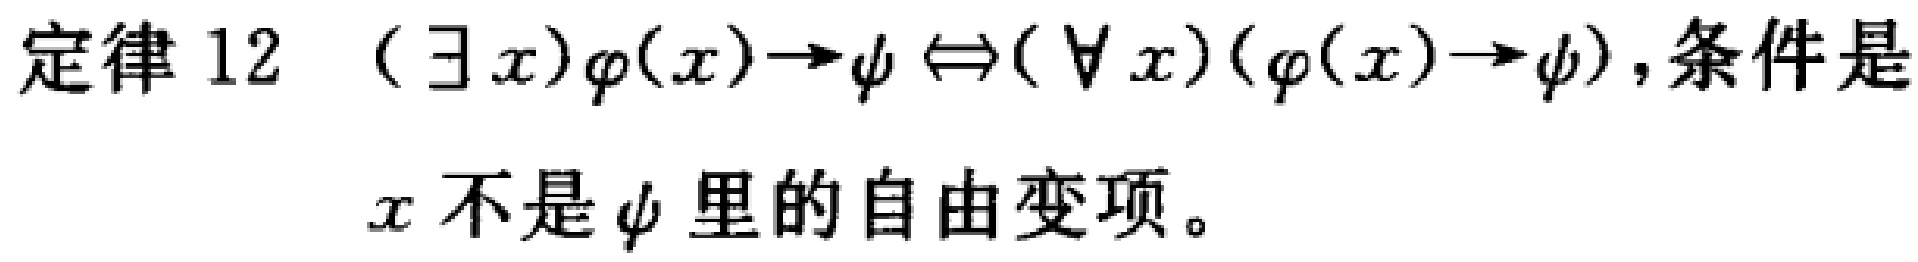
定律 12 \( (\exists x)\varphi(x)\to\psi \Leftrightarrow(\forall x)(\varphi(x)\to\psi) \), 条件是
\( x \) 不是 \( \psi \) 里的自由变项。